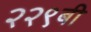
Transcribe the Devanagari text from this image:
२२९बी